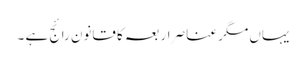
یہاں مگر عناصر اربعہ کا قانون رائج ہے ۔